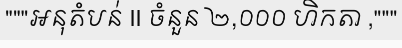
"""អនុតំបន់ II ចំនួន ២,០០០ ហិកតា ,"""